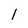
Character: l